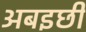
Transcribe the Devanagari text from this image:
अबइछी